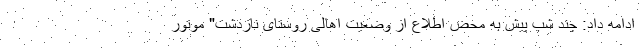
ادامه داد: چند شب پیش به محض اطلاع از وضعیت اهالی روستای نازدشت" موتور